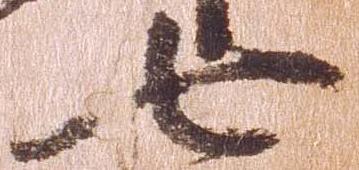
七